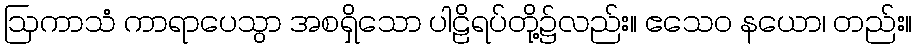
ဩကာသံ ကာရာပေသွာ အစရှိသော ပါဠိရပ်တို့၌လည်း။ ဧသေဝ နယော၊ တည်း။